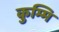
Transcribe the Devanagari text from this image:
कुम्मि